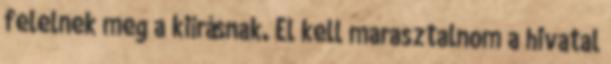
felelnek meg a kiírásnak. El kell marasztalnom a hivatal